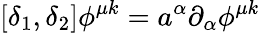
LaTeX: [\delta_{1},\delta_{2}]\phi^{\mu k}=a^{\alpha}\partial_{\alpha}\phi^{\mu k}